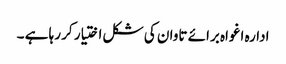
ادارہ اغواہ برائے تاوان کی شکل اختیار کر رہا ہے ۔